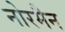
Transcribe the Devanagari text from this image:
नोरमैन